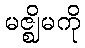
မဇ္ဈိမကို